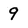
Character: 9